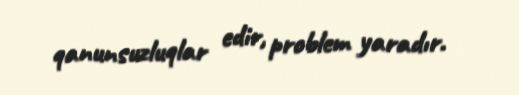
qanunsuzluqlar edir, problem yaradır.